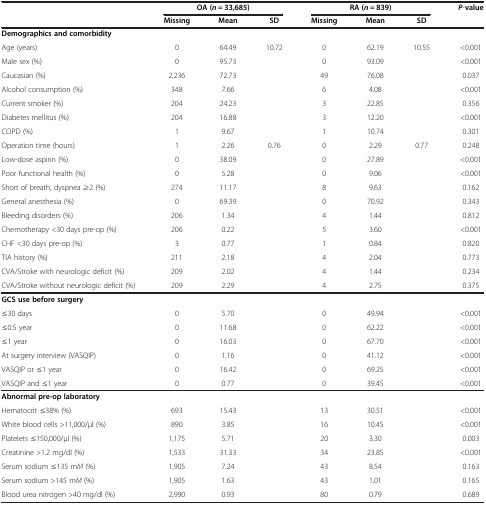
<table><thead><tr><td><b> </b></td><td colspan="3"><b>OA (<i>n</i> = 33,685)</b></td><td colspan="3"><b>RA (<i>n</i> = 839)</b></td><td><b><i>P</i>-value</b></td></tr><tr><td><b> </b></td><td><b>Missing</b></td><td><b>Mean</b></td><td><b>SD</b></td><td><b>Missing</b></td><td><b>Mean</b></td><td><b>SD</b></td><td><b> </b></td></tr></thead><tbody><tr><td><b>Demographics and comorbidity</b></td><td> </td><td> </td><td> </td><td> </td><td> </td><td> </td><td> </td></tr><tr><td>Age (years)</td><td>0</td><td>64.49</td><td>10.72</td><td>0</td><td>62.19</td><td>10.55</td><td>&lt;0.001</td></tr><tr><td>Male sex (%)</td><td>0</td><td>95.73</td><td> </td><td>0</td><td>93.09</td><td> </td><td>&lt;0.001</td></tr><tr><td>Caucasian (%)</td><td>2,236</td><td>72.73</td><td> </td><td>49</td><td>76.08</td><td> </td><td>0.037</td></tr><tr><td>Alcohol consumption (%)</td><td>348</td><td>7.66</td><td> </td><td>6</td><td>4.08</td><td> </td><td>&lt;0.001</td></tr><tr><td>Current smoker (%)</td><td>204</td><td>24.23</td><td> </td><td>3</td><td>22.85</td><td> </td><td>0.356</td></tr><tr><td>Diabetes mellitus (%)</td><td>204</td><td>16.88</td><td> </td><td>3</td><td>12.20</td><td> </td><td>&lt;0.001</td></tr><tr><td>COPD (%)</td><td>1</td><td>9.67</td><td> </td><td>1</td><td>10.74</td><td> </td><td>0.301</td></tr><tr><td>Operation time (hours)</td><td>1</td><td>2.26</td><td>0.76</td><td>0</td><td>2.29</td><td>0.77</td><td>0.248</td></tr><tr><td>Low-dose aspirin (%)</td><td>0</td><td>38.09</td><td> </td><td>0</td><td>27.89</td><td> </td><td>&lt;0.001</td></tr><tr><td>Poor functional health (%)</td><td>0</td><td>5.28</td><td> </td><td>0</td><td>9.06</td><td> </td><td>&lt;0.001</td></tr><tr><td>Short of breath, dyspnea ≥2 (%)</td><td>274</td><td>11.17</td><td> </td><td>8</td><td>9.63</td><td> </td><td>0.162</td></tr><tr><td>General anesthesia (%)</td><td>0</td><td>69.39</td><td> </td><td>0</td><td>70.92</td><td> </td><td>0.343</td></tr><tr><td>Bleeding disorders (%)</td><td>206</td><td>1.34</td><td> </td><td>4</td><td>1.44</td><td> </td><td>0.812</td></tr><tr><td>Chemotherapy &lt;30 days pre-op (%)</td><td>206</td><td>0.22</td><td> </td><td>5</td><td>3.60</td><td> </td><td>&lt;0.001</td></tr><tr><td>CHF &lt;30 days pre-op (%)</td><td>3</td><td>0.77</td><td> </td><td>1</td><td>0.84</td><td> </td><td>0.820</td></tr><tr><td>TIA history (%)</td><td>211</td><td>2.18</td><td> </td><td>4</td><td>2.04</td><td> </td><td>0.773</td></tr><tr><td>CVA/Stroke with neurologic deficit (%)</td><td>209</td><td>2.02</td><td> </td><td>4</td><td>1.44</td><td> </td><td>0.234</td></tr><tr><td>CVA/Stroke without neurologic deficit (%)</td><td>209</td><td>2.29</td><td> </td><td>4</td><td>2.75</td><td> </td><td>0.375</td></tr><tr><td><b>GCS use before surgery</b></td><td> </td><td> </td><td> </td><td> </td><td> </td><td> </td><td> </td></tr><tr><td>≤30 days</td><td>0</td><td>5.70</td><td> </td><td>0</td><td>49.94</td><td> </td><td>&lt;0.001</td></tr><tr><td>≤0.5 year</td><td>0</td><td>11.68</td><td> </td><td>0</td><td>62.22</td><td> </td><td>&lt;0.001</td></tr><tr><td>≤1 year</td><td>0</td><td>16.03</td><td> </td><td>0</td><td>67.70</td><td> </td><td>&lt;0.001</td></tr><tr><td>At surgery interview (VASQIP)</td><td>0</td><td>1.16</td><td> </td><td>0</td><td>41.12</td><td> </td><td>&lt;0.001</td></tr><tr><td>VASQIP or ≤1 year</td><td>0</td><td>16.42</td><td> </td><td>0</td><td>69.25</td><td> </td><td>&lt;0.001</td></tr><tr><td>VASQIP and ≤1 year</td><td>0</td><td>0.77</td><td> </td><td>0</td><td>39.45</td><td> </td><td>&lt;0.001</td></tr><tr><td><b>Abnormal pre-op laboratory</b></td><td> </td><td> </td><td> </td><td> </td><td> </td><td> </td><td> </td></tr><tr><td>Hematocrit ≤38% (%)</td><td>693</td><td>15.43</td><td> </td><td>13</td><td>30.51</td><td> </td><td>&lt;0.001</td></tr><tr><td>White blood cells &gt;11,000/μl (%)</td><td>890</td><td>3.85</td><td> </td><td>16</td><td>10.45</td><td> </td><td>&lt;0.001</td></tr><tr><td>Platelets ≤150,000/μl (%)</td><td>1,175</td><td>5.71</td><td> </td><td>20</td><td>3.30</td><td> </td><td>0.003</td></tr><tr><td>Creatinine &gt;1.2 mg/dl (%)</td><td>1,533</td><td>31.33</td><td> </td><td>34</td><td>23.85</td><td> </td><td>&lt;0.001</td></tr><tr><td>Serum sodium ≤135 m<i>M</i> (%)</td><td>1,905</td><td>7.24</td><td> </td><td>43</td><td>8.54</td><td> </td><td>0.163</td></tr><tr><td>Serum sodium &gt;145 m<i>M</i> (%)</td><td>1,905</td><td>1.63</td><td> </td><td>43</td><td>1.01</td><td> </td><td>0.165</td></tr><tr><td>Blood urea nitrogen &gt;40 mg/dl (%)</td><td>2,990</td><td>0.93</td><td> </td><td>80</td><td>0.79</td><td> </td><td>0.689</td></tr></tbody></table>